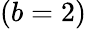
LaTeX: (b=2)